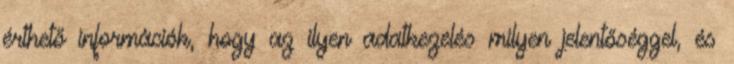
érthető információk, hogy az ilyen adatkezelés milyen jelentőséggel, és